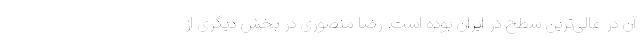
آن در عالی‌ترین سطح‌ در ایران بوده است. رضا منصوری در بخش دیگری از